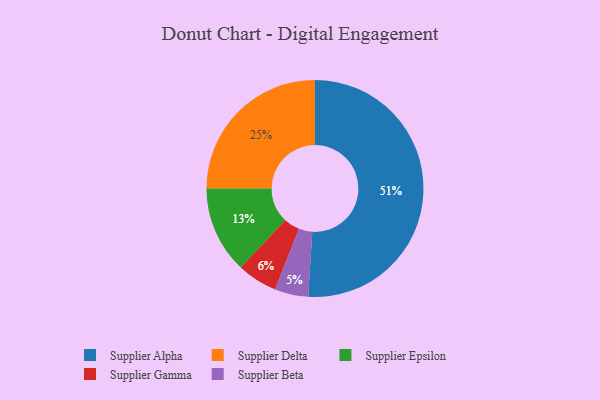
{"axis": {"x": "Category", "y": "Percentage"}, "legend": ["Supplier Alpha", "Supplier Beta", "Supplier Delta", "Supplier Epsilon", "Supplier Gamma"], "data": [{"x": "Supplier Epsilon", "y": 13, "type": "Supplier Epsilon"}, {"x": "Supplier Beta", "y": 5, "type": "Supplier Beta"}, {"x": "Supplier Delta", "y": 25, "type": "Supplier Delta"}, {"x": "Supplier Gamma", "y": 6, "type": "Supplier Gamma"}, {"x": "Supplier Alpha", "y": 51, "type": "Supplier Alpha"}]}